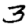
Digit: 3